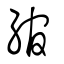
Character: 綰